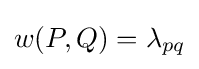
w(P,Q)=\lambda _{pq}